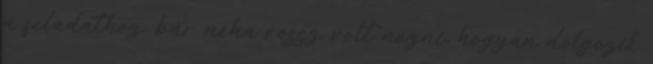
a feladathoz, bár néha rossz volt nézni, hogyan dolgozik